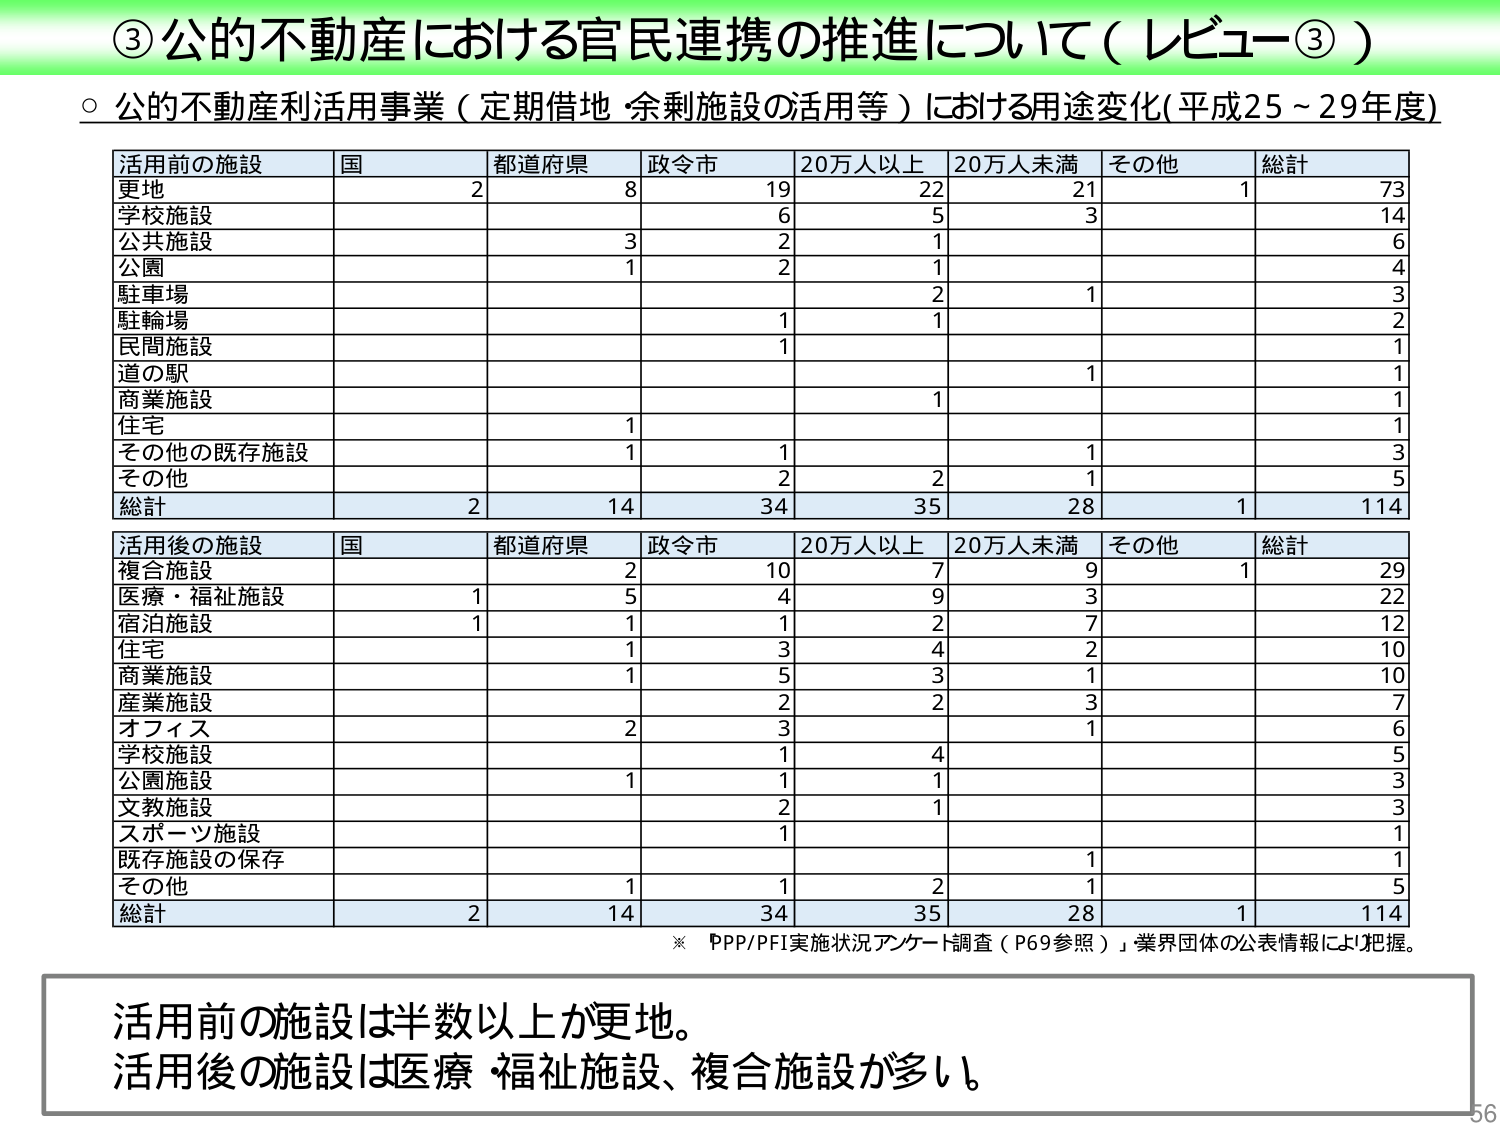
③公的不動産における官民連携の推進について（レビュー③）

○ 公的不動産利活用事業（定期借地・余剰施設の活用等）における用途変化（平成25～29年度）

活用前の施設　国　都道府県　政令市　20万人以上　20万人未満　その他　総計
更地　　　　　2　8　　　　19　　　22　　　　21　　　　1　　　73
学校施設　　　　　　　　　6　　　5　　　　3　　　　　　　14
公共施設　　　　　　　3　2　　　1　　　　　　　　　　　　6
公園　　　　　　　　　1　2　　　1　　　　　　　　　　　　4
駐車場　　　　　　　　　　　　　2　　　1　　　　　　　　3
駐輪場　　　　　　　　　　　1　1　　　　　　　　　　　　2
民間施設　　　　　　　　　1　　　　　　　　　　　　　　1
道の駅　　　　　　　　　　　　　　　1　　　　　　　　　　1
商業施設　　　　　　　　　　　1　　　　　　　　　　　　1
住宅　　　　　　　　　1　　　　　　　　　　　　　　　　1
その他の既存施設　　　1　　　1　　　1　　　　　　　　　　3
その他　　　　　　　　　2　　　2　　　1　　　　　　　　5
総計　　　　　　2　14　　34　　35　　28　　1　　　114

活用後の施設　国　都道府県　政令市　20万人以上　20万人未満　その他　総計
複合施設　　　　　2　10　　　7　　　9　　　　1　　　　　29
医療・福祉施設　1　5　　　4　　　9　　　　3　　　　　22
宿泊施設　　　　1　1　　　1　　　2　　　　7　　　　　12
住宅　　　　　　　　　1　3　　　4　　　2　　　　　　　10
商業施設　　　　　1　5　　　3　　　　　　　　　　　　10
産業施設　　　　　　　2　　　2　　　3　　　　　　　　7
オフィス　　　　　　　2　3　　　　　　　　1　　　　　6
学校施設　　　　　　　　1　4　　　　　　　　　　　　5
公園施設　　　　　　　1　1　　　1　　　　　　　　　　3
文教施設　　　　　　　　2　1　　　　　　　　　　　　3
スポーツ施設　　　　　　1　　　　　　　　　　　　　　1
既存施設の保存　　　　　　　　　　　1　　　　　　　　1
その他　　　　　　　1　1　　　2　　　1　　　　　　　5
総計　　　　　　2　14　　34　　35　　28　　1　　　114

※「PPP/PFI実施状況アンケート調査（P69参照）」業界団体の公表情報により把握。

活用前の施設は半数以上が更地。
活用後の施設は医療・福祉施設、複合施設が多い。

56